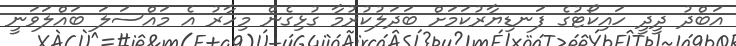
އަބްދު ދީދީ ހައިކޯޓުގެ ފަނޑިޔާރުކަމަށް ބަދަލުކުރުމާ ގުޅިގެން މިހާރު އެ މައްސަލަ ބައްލަވަނީ